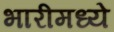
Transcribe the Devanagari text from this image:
भारीमध्ये